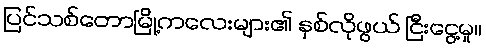
ပြင်သစ်တောမြို့ကလေးများ၏ နှစ်လိုဖွယ် ငြီးငွေ့မှု။